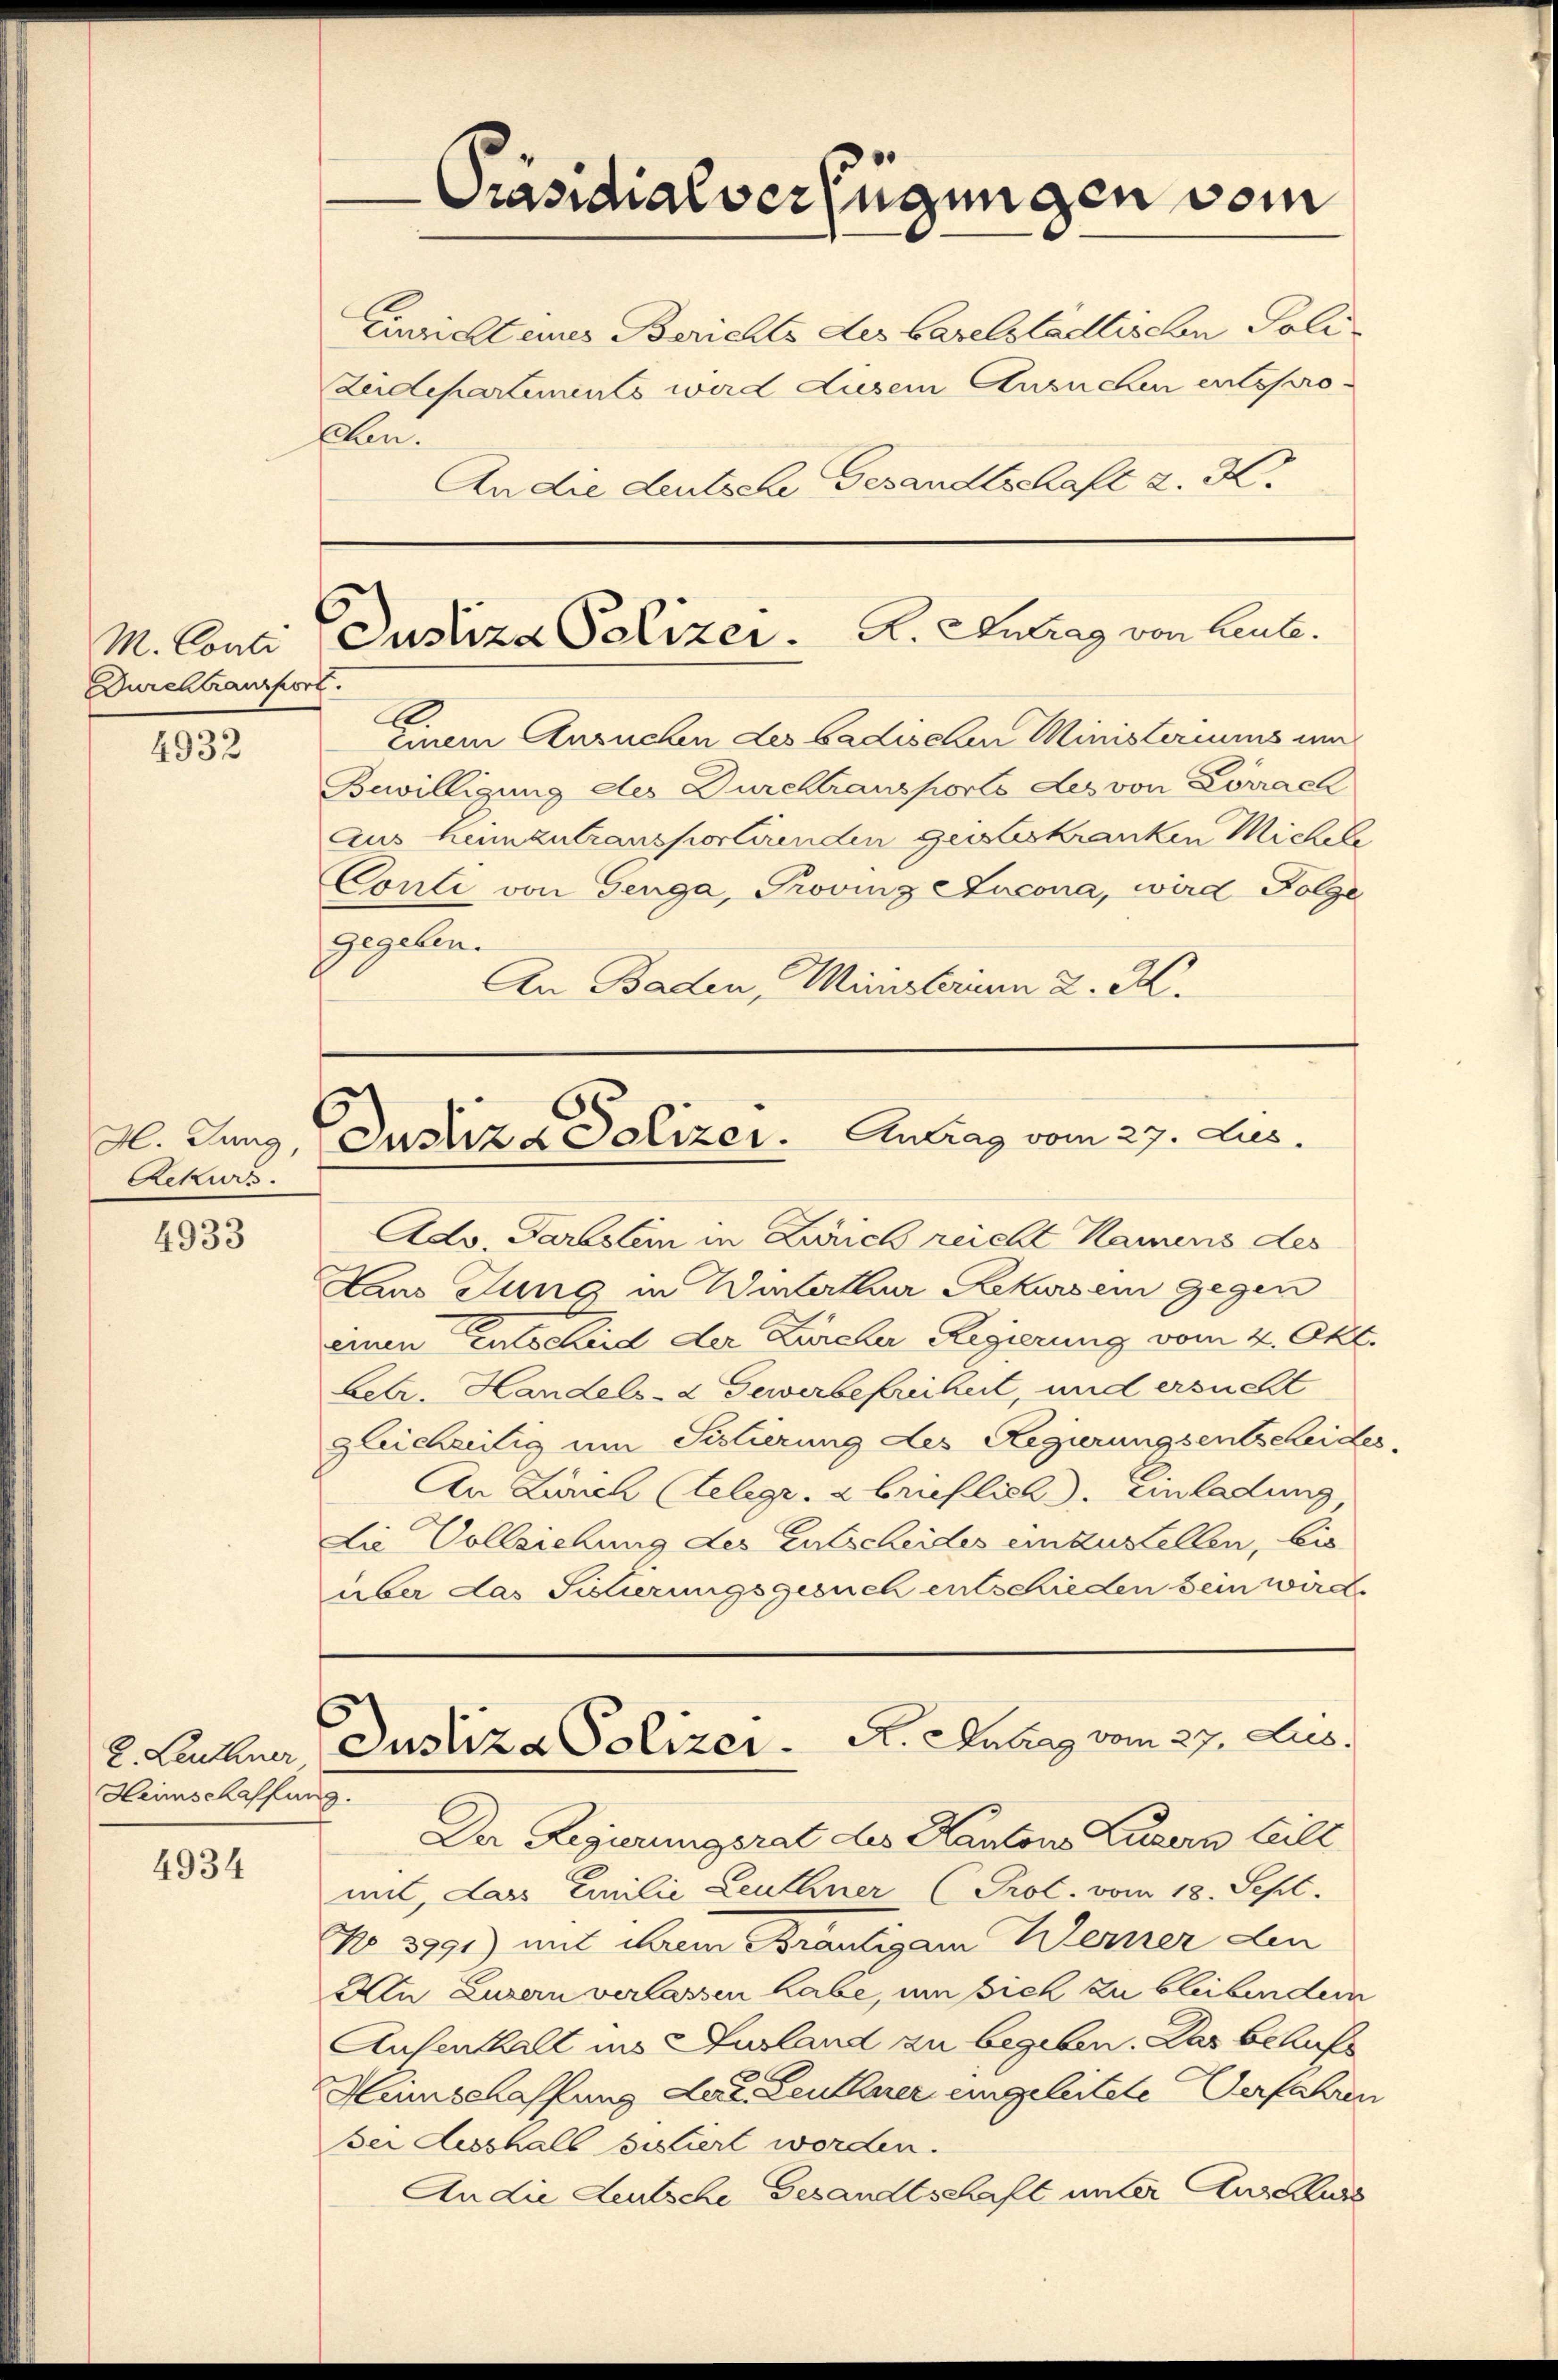
4932

4933

4934

Durchtransport

H. Jung,
Rekurs

2. Leuthner
Heimschaffung.

Präsidialverfügungen vom
Einricht eines Berichts des Baselstädtischen Poli
Zeidepartements wird diesem Ansuchen entspro
Ehen.
An die deutsche Gesandtschaft d. H.

M. Conti Justiza Polizer. A. Antrag von laute.

Die Vollziehung des Entscheides einzustellen, bis
über das Scherungsgesuch entschieden sein wird.

A.
Einem Ansuchen des badischen Ministeriums un
Bewilligung des Durchtransporto des von Lörrach
Aus hinzutransportirenden geisteskranken Michele
Conti von Genga, Provinz Lucona, wird Folge
gegeben.
An Baden, Ministerium 2. K.

Justiza Polizer. Antrag vom 27. Aus

Adv. Partslein in Zürich reicht kamens des
Daus dung in Winterthur Rekurs ein Gegen
einen Entscheid der Zürcher Regierung vom 2. Okt.
betr. Handels- & Gewerbefreiheit, und ersucht
gleichzeitig am Sistierung des Regierungsentscheides,
An Zürich (Telegr. 2 brieflich. Einladung
Justiza Polizer. A. Antrag vom 27. Jus
Der Regierungsrat des Kantons Luzern teilt
mit, das Emilie Leuthner (Prot. vom 18. Sept.
No. 3791) mit ihrem Bräutigam Kerner den
Aln Luzern verlassen habe, um sich zu bleibendem
Aufenthalt ins Ausland zu begeben. Das behufs
Heinschaffung das Leuthner eingeleitete Verfahren
Bei desshalb bestiert worden.
An die Leutsche Gesandtschaft unter Ausekurs